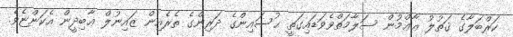
ކަރްބަލާގެ ޤަތުލު ޢާޢްމުން ސަލާމަތްވެވަޑައިގަތީ ޙުސައިންގެ ދަރިންގެ ތެރެއިން ޒައިނުލް ޢާބިދީން އެކަންޏެވެ.